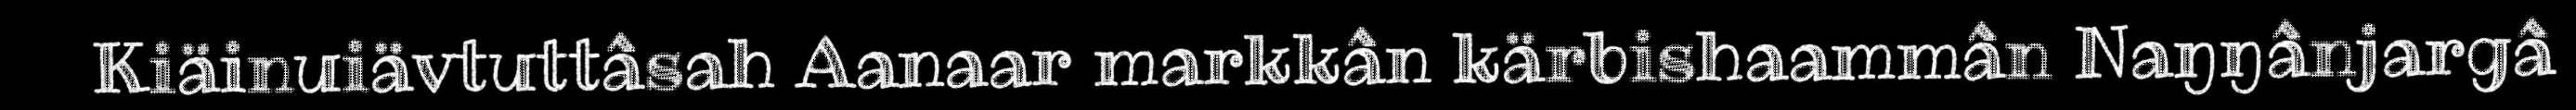
Kiäinuiävtuttâsah Aanaar markkân kärbishaammân Naŋŋânjargâ